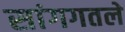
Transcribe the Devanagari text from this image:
सांगगतले